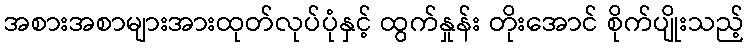
အစားအစာများအားထုတ်လုပ်ပုံနှင့် ထွက်နှုန်း တိုးအောင် စိုက်ပျိုးသည့်